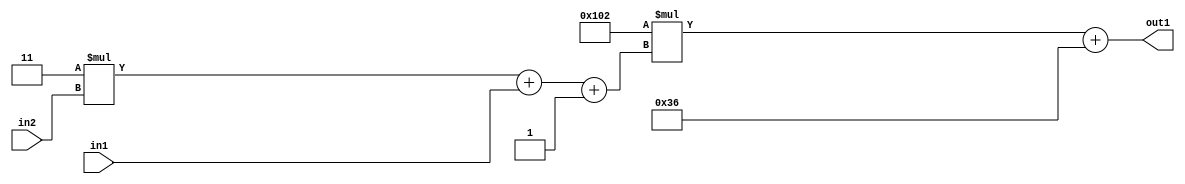
`timescale 1ps / 1ps
/*****************************************************************************
    Verilog RTL Description
    
    
    Created by: Stratus DpOpt 2019.1.01 
*******************************************************************************/

module DC_Filter_Add2i54Mul2i258Add3i1u1Mul2i3u2_4 (
	in2,
	in1,
	out1
	); /* architecture "behavioural" */ 
input [1:0] in2;
input  in1;
output [11:0] out1;
wire [11:0] asc001;
wire [3:0] asc002;

wire [3:0] asc002_tmp_0;
wire [3:0] asc002_tmp_1;
assign asc002_tmp_1 = 
	+(4'B0011 * in2);
assign asc002_tmp_0 = asc002_tmp_1
	+(in1);
assign asc002 = asc002_tmp_0
	+(4'B0001);

wire [11:0] asc001_tmp_2;
assign asc001_tmp_2 = 
	+(12'B000100000010 * asc002);
assign asc001 = asc001_tmp_2
	+(12'B000000110110);

assign out1 = asc001;
endmodule

/* CADENCE  vrP3TAs= : u9/ySgnWtBlWxVPRXgAZ4Og= ** DO NOT EDIT THIS LINE ******/